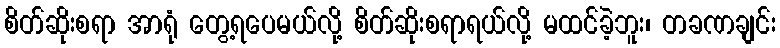
စိတ်ဆိုးစရာ အာရုံ တွေ့ရပေမယ်လို့ စိတ်ဆိုးစရာရယ်လို့ မထင်ခဲ့ဘူး၊ တခဏချင်း